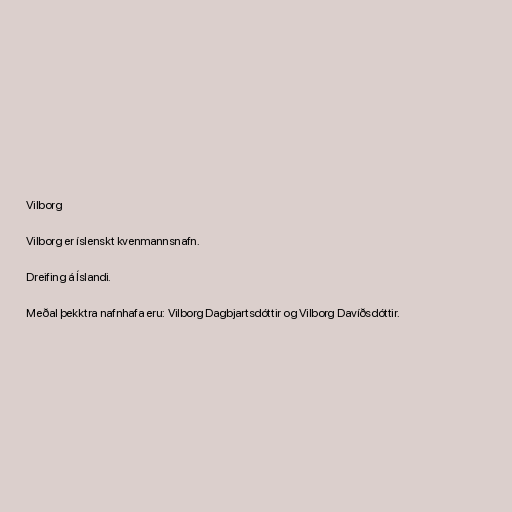
Vilborg

Vilborg er íslenskt kvenmannsnafn.

Dreifing á Íslandi.

Meðal þekktra nafnhafa eru: Vilborg Dagbjartsdóttir og Vilborg Davíðsdóttir.